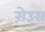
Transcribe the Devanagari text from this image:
स़ेउस